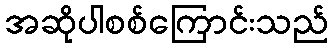
အဆိုပါစစ်ကြောင်းသည်